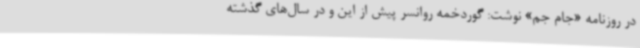
در روزنامه «جام جم» نوشت: گوردخمه روانسر پیش از این و در سال‌های گذشته